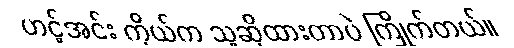
ဟင့်အင်း ကိုယ်က သူဆိုထားတာပဲ ကြိုက်တယ်။